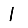
Digit: 1